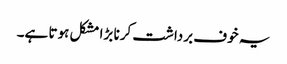
یہ خوف برداشت کرنا بڑا مشکل ہوتا ہے۔